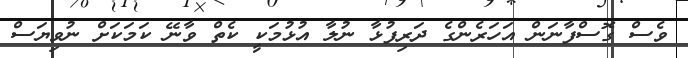
ވެސް ގޮސްފާނަން އަހަރެންގެ ދަރިފުޅާ ނުލާ އުޅުމަކީ ކެތް ވާނޭ ކަމަކަށް ނުވިޔަސް